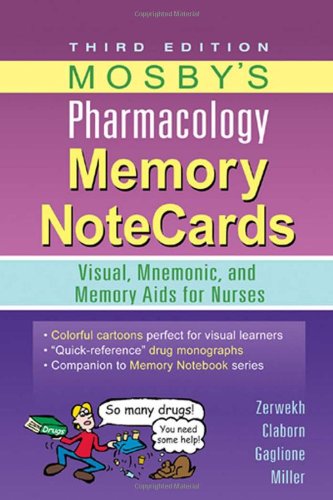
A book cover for Mosby's Pharmacology Memory NoteCards: Visual, Mnemonic, and Memory Aids for Nurses, 3e; JoAnn Zerwekh MSN  EdD  RN; Medical Books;